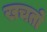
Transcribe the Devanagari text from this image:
खचतो